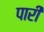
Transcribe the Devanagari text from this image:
पारीं